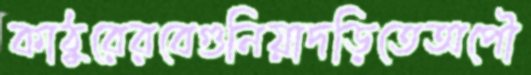
কাঠুরেরবেগুনিয়াদড়িতেঅপৌ